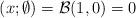
LaTeX: \begin{align*}\left(x; \emptyset \right)=\mathcal{B}(1,0)=0 \end{align*}